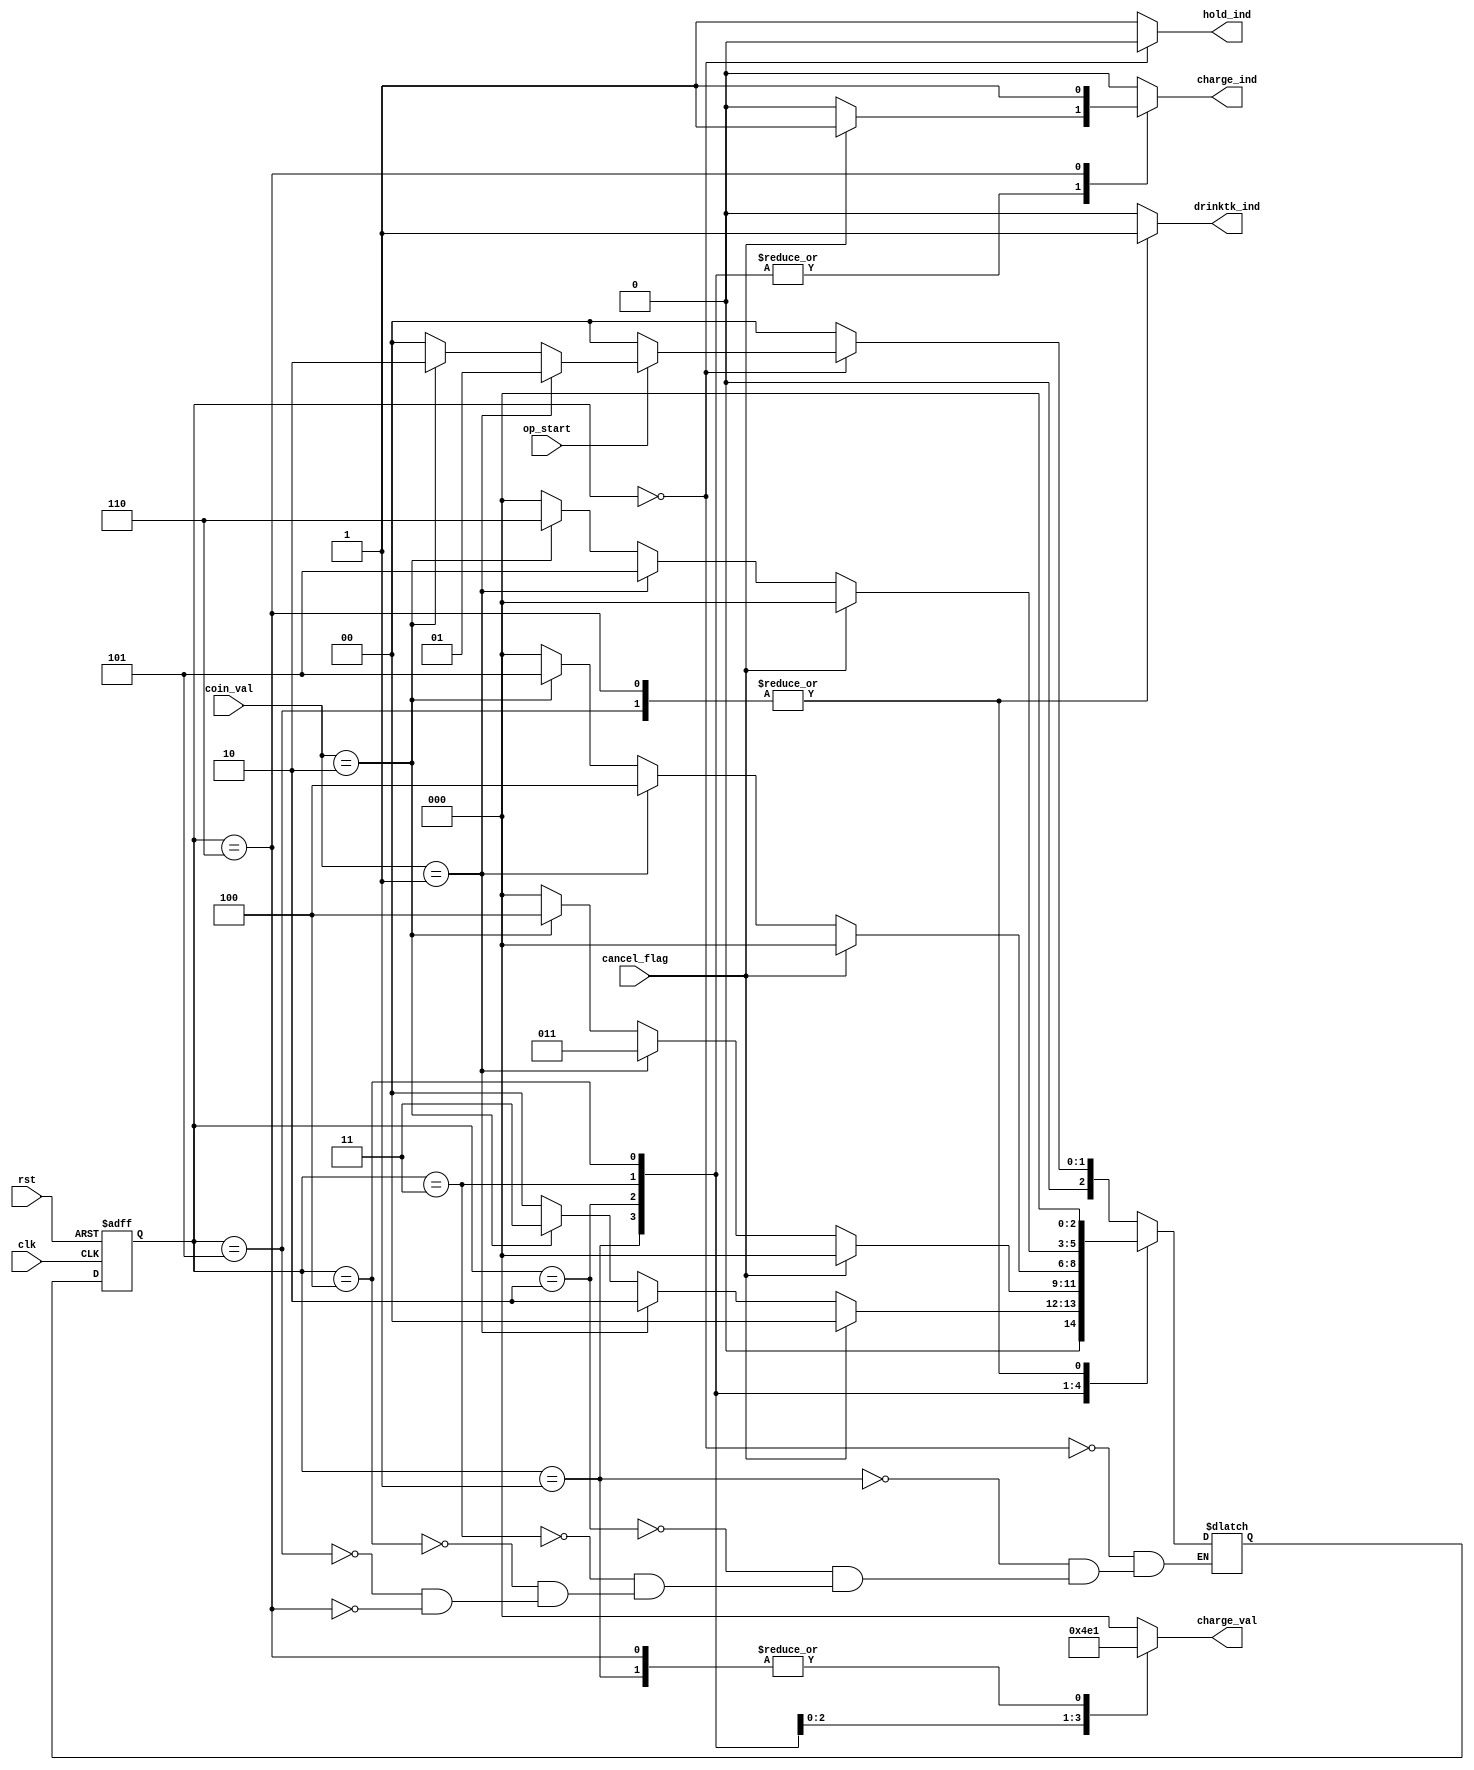
module autosm(
    input clk,rst,
    input op_start,cancel_flag,
    input [1:0] coin_val,
    output reg hold_ind,drinktk_ind,charge_ind,
    output reg [2:0] charge_val
    );
    reg [2:0] state,nextstate;
    parameter S0 = 0,S1 = 1,S2 = 2,S3 = 3,S4 = 4,S5 = 5,S6 = 6;
    
    always @(posedge clk or posedge rst)            // always block to update state
    if(rst)
        state = S0;
    else
        state = nextstate;
        
    always @(state or cancel_flag)                                                 // always block to compute output
    begin
        drinktk_ind = 0;
        charge_ind = 0;
        hold_ind = 1;
        charge_val = 3'b000;
        case(state)
            S0:
            begin
                hold_ind = 0;
            end
            S1:
            begin
                if(cancel_flag == 1)
                begin
                    charge_ind = 1;
                end 
                charge_val = 3'b001;
            end
            S2:
            begin
                if(cancel_flag == 1)
                begin
                    charge_ind = 1;
                end 
                charge_val = 3'b010;
            end
            S3: 
            begin
                if(cancel_flag == 1)
                begin
                    charge_ind = 1;
                end 
                charge_val = 3'b011;
            end
            S4:
            begin
                if(cancel_flag == 1)
                begin
                    charge_ind = 1;
                end
                charge_val = 3'b100;
            end
            S5:
            begin
                drinktk_ind = 1;
            end
            S6:
            begin
                drinktk_ind = 1;
                charge_ind = 1;
                charge_val = 3'b001;
            end
        endcase
    end
    
    always @(state or coin_val or cancel_flag or hold_ind or op_start)                                       // always block to compute nextstate
    begin
            case(state)
                S0: 
                begin
                    if(hold_ind == 0)
                    begin
                        if(op_start)
                        begin
                            if(coin_val == 2'b01)
                                nextstate = S1;
                            else if(coin_val == 2'b10)
                                nextstate = S2;
                            else
                                nextstate = S0;
                        end
                        else
                            nextstate = S0;
                    end
                    else
                        nextstate = S0;
                end
                S1: 
                begin
                    if(cancel_flag ==1)
                        nextstate = S0;
                    else 
                    begin
                        if(coin_val == 2'b01)
                            nextstate = S2;
                        else if(coin_val == 2'b10)
                            nextstate = S3;
                        else
                            nextstate = S0;
                    end
                end
                S2: 
                begin
                    if(cancel_flag ==1)
                        nextstate = S0;
                    else 
                    begin
                        if(coin_val == 2'b01)
                            nextstate = S3;
                        else if(coin_val == 2'b10)
                            nextstate = S4;
                        else
                            nextstate = S0;
                    end
                end
                S3: 
                begin
                    if(cancel_flag ==1)
                        nextstate = S0;
                    else 
                    begin
                        if(coin_val == 2'b01)
                            nextstate = S4;
                        else if(coin_val == 2'b10)
                            nextstate = S5;
                        else
                            nextstate = S0;
                    end
                end
                S4:
                begin
                    if(cancel_flag ==1)
                        nextstate = S0;
                    else 
                    begin
                        if(coin_val == 2'b01)
                            nextstate = S5;
                        else if(coin_val == 2'b10)
                            nextstate = S6;
                        else
                            nextstate = S0;
                    end
                end
                S5:
                begin
                    nextstate = S0;
                end
                S6:
                begin
                    nextstate = S0;
                end
            endcase
        end
endmodule